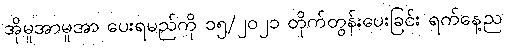
အိုမူအာမူအာ ပေးရမည်ကို ၁၅/၂၀၂၁ တိုက်တွန်းပေးခြင်း ရက်နေ့ည